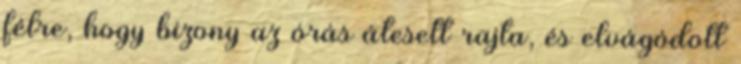
félre, hogy bizony az órás átesett rajta, és elvágódott